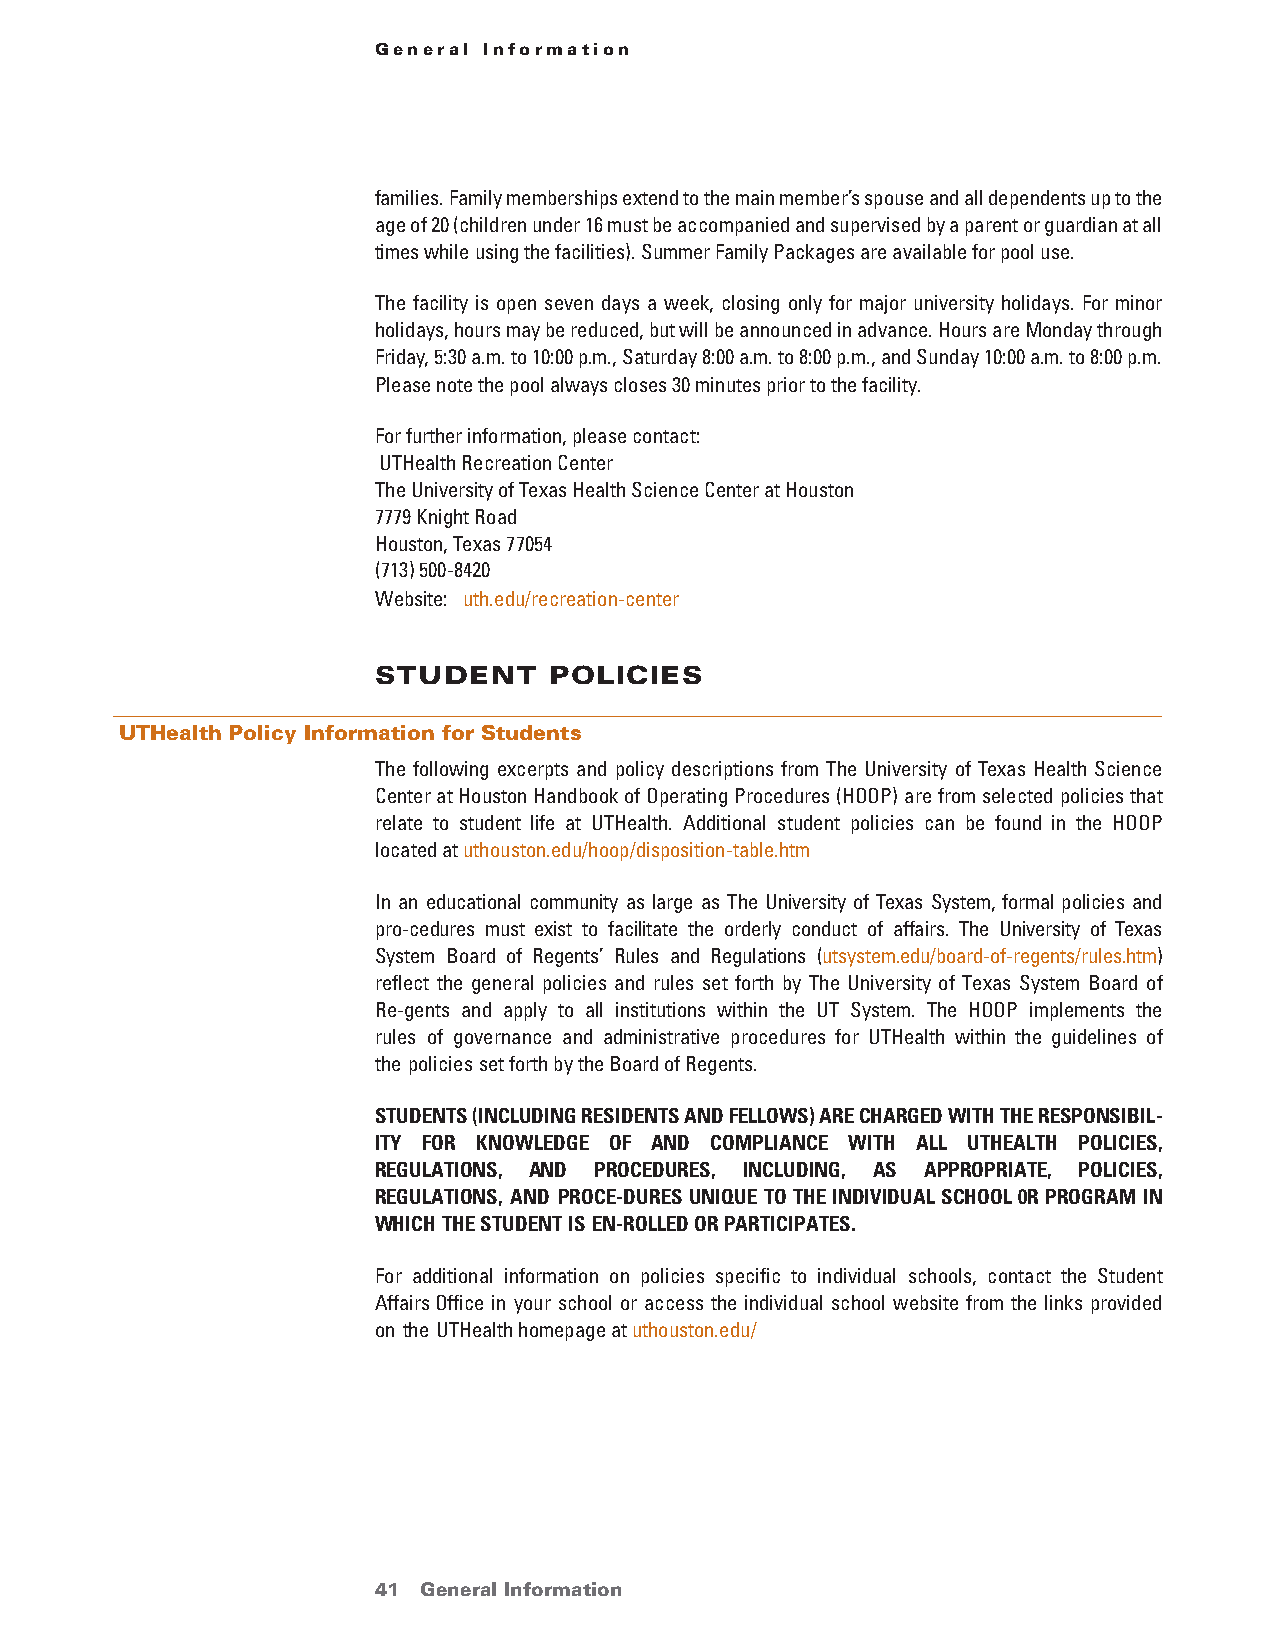
General Information
 families. Family memberships extend to the main member’s spouse and all dependents up to the
 age of 20 (children under 16 must be accompanied and supervised by a parent or guardian at all
 times while using the facilities). Summer Family Packages are available for pool use.
 The facility is open seven days a week, closing only for major university holidays. For minor
 holidays, hours may be reduced, but will be announced in advance. Hours are Monday through
 Friday, 5:30 a.m. to 10:00 p.m., Saturday 8:00 a.m. to 8:00 p.m., and Sunday 10:00 a.m. to 8:00 p.m.
 Please note the pool always closes 30 minutes prior to the facility.
 For further information, please contact:
 UTHealth Recreation Center
 The University of Texas Health Science Center at Houston
 7779 Knight Road
 Houston, Texas 77054
 (713) 500-8420
 Website: uth.edu/recreation-center
 stUdent    Policies
 UTHealth Policy Information for Students
 The following excerpts and policy descriptions from The University of Texas Health Science
 Center at Houston Handbook of Operating Procedures (HOOP) are from selected policies that
 relate to student life at UTHealth. Additional student policies can be found in the HOOP
 located at uthouston.edu/hoop/disposition-table.htm
 In an educational community as large as The University of Texas System, formal policies and
 pro-cedures must exist to facilitate the orderly conduct of affairs. The University of Texas
 System Board of Regents’ Rules and Regulations (utsystem.edu/board-of-regents/rules.htm)
 reflect the general policies and rules set forth by The University of Texas System Board of
 Re-gents and apply to all institutions within the UT System. The HOOP implements the
 rules of governance and administrative procedures for UTHealth within the guidelines of
 the policies set forth by the Board of Regents.
 STUDenTS (InClUDInG reSIDenTS anD felloWS) are CHarGeD WITH THe reSPonSIBIl-
 ITY for KnoWleDGe of anD ComPlIanCe WITH all UTHealTH PolICIeS,
 reGUlaTIonS, anD ProCeDUreS, InClUDInG, aS aPProPrIaTe, PolICIeS,
 reGUlaTIonS, anD ProCe-DUreS UnIQUe To THe InDIVIDUal SCHool 0r ProGram In
 WHICH THe STUDenT IS en-rolleD or ParTICIPaTeS.
 For additional information on policies specific to individual schools, contact the Student
 Affairs Office in your school or access the individual school website from the links provided
 on the UTHealth homepage at uthouston.edu/
 41 General Information                 return to Table of Contents